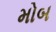
મોબ